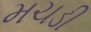
મચડી